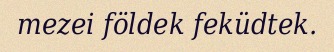
mezei földek feküdtek.